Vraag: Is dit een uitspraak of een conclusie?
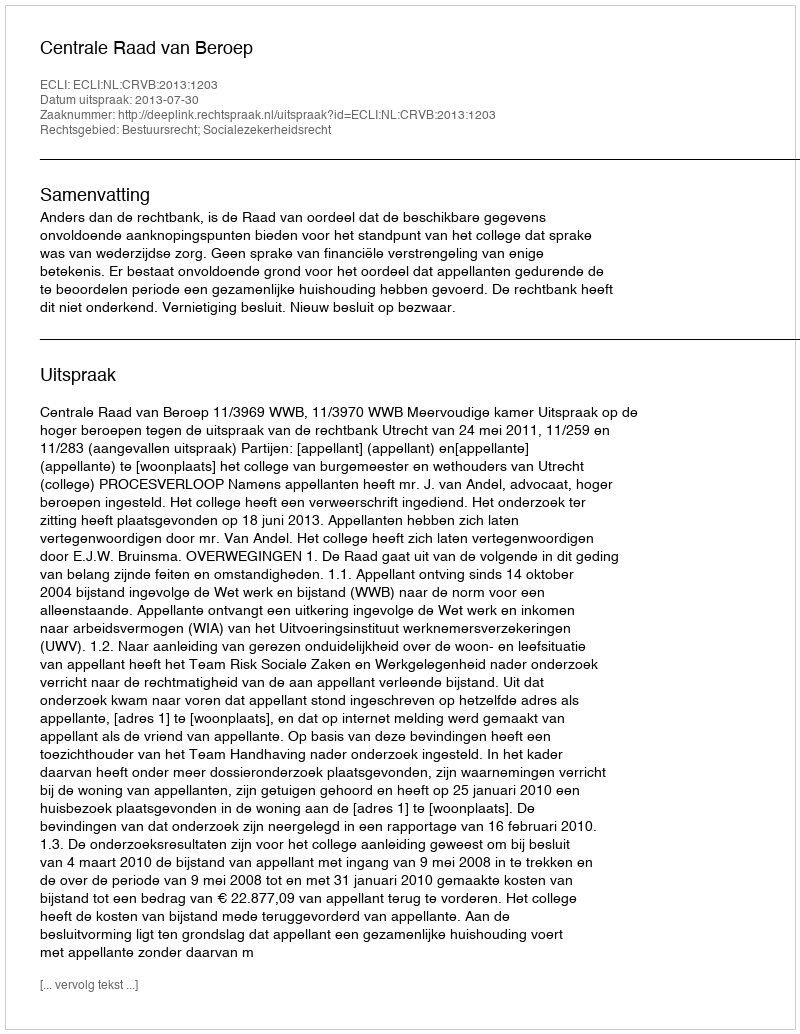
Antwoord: Uitspraak